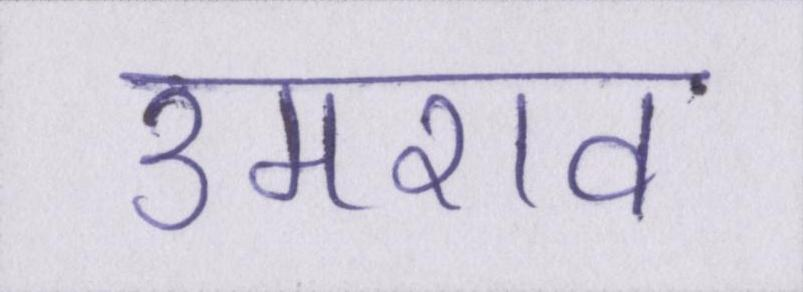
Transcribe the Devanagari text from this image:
उमराव